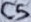
Text: C5